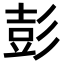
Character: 彭